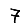
Digit: 7